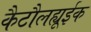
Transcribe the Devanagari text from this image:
कैटौलह्यूईक